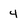
Character: 4